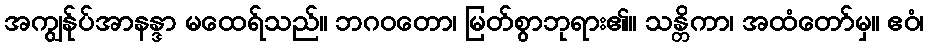
အကျွန်ုပ်အာနန္ဒာ မထေရ်သည်။ ဘဂဝတော၊ မြတ်စွာဘုရား၏။ သန္တိကာ၊ အထံတော်မှ။ ဧဝံ၊